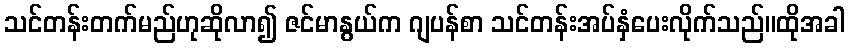
သင်တန်းတက်မည်ဟုဆိုလာ၍ ဇင်မာနွယ်က ဂျပန်စာ သင်တန်းအပ်နှံပေးလိုက်သည်။ထိုအခါ